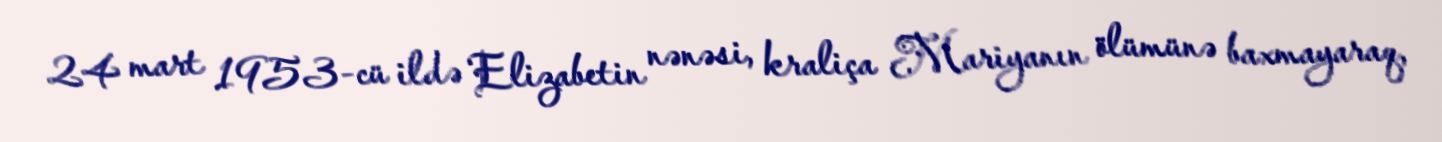
24 mart 1953-cü ildə Elizabetin nənəsi, kraliça Mariyanın ölümünə baxmayaraq,